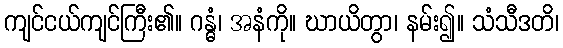
ကျင်ငယ်ကျင်ကြီး၏။ ဂန္ဓံ၊ အနံကို။ ဃာယိတွာ၊ နမ်း၍။ သံသီဒတိ၊